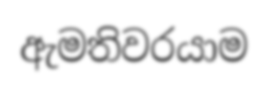
ඇමතිවරයාම